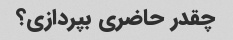
چقدر حاضری بپردازی؟